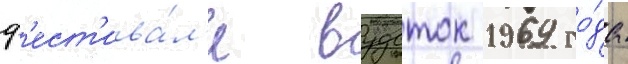
ф'ест'ива́л'е вудсток 1969 го́да